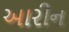
આરીન